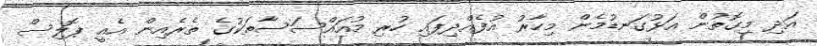
އަދި މިގޮތުން އަޅުގަނޑުމެން މިހާރު އުފެއްދިފައި ހުރި މުއައްސަސާތަކުގެ ތެރެއިން އެއީ ޕޮލިސް